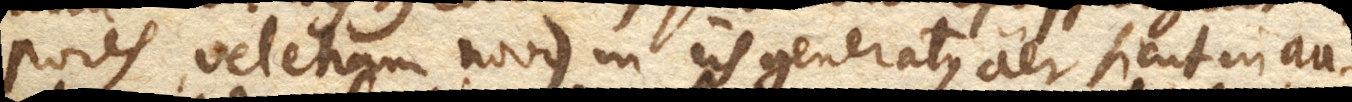
pores, vel etiam novus in iis generatus aer sicut in au–